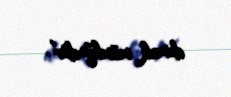
demək mümkündür”.